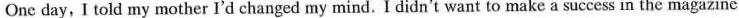
One day, I told my mother I'd changed my mind. I didn't want to make a success in the magazine